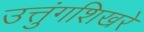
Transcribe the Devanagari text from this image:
उत्तुंगशिखरे